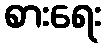
စားရေး